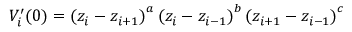
V _ { i } ^ { \prime } ( 0 ) = \left( z _ { i } - z _ { i + 1 } \right) ^ { a } \left( z _ { i } - z _ { i - 1 } \right) ^ { b } \left( z _ { i + 1 } - z _ { i - 1 } \right) ^ { c }